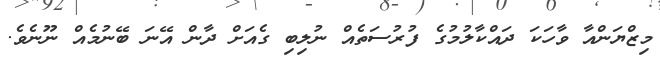
މިޒްޔަންއާ ވާހަކަ ދައްކާލުމުގެ ފުރުސަތެއް ނުލިބި ގެއަށް ދާން އޭނަ ބޭނުމެއް ނޫނެވެ.